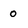
Character: o